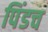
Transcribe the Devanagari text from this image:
पिंडच